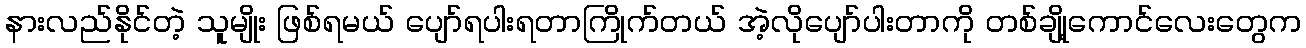
နားလည်နိုင်တဲ့ သူမျိုး ဖြစ်ရမယ် ပျော်ရပါးရတာကြိုက်တယ် အဲ့လိုပျော်ပါးတာကို တစ်ချို့ကောင်လေးတွေက